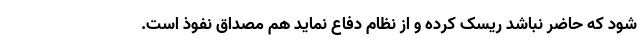
شود که حاضر نباشد ریسک کرده و از نظام دفاع نماید هم مصداق نفوذ است.